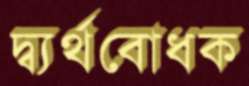
দ্ব্যর্থবোধক